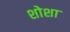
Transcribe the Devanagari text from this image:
शोशा